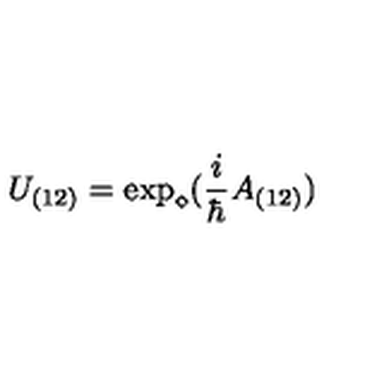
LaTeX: U _ { ( 1 2 ) } = \exp _ { \diamond } ( \frac { i } { \hbar } A _ { ( 1 2 ) } )